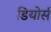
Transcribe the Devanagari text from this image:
डियोर्स